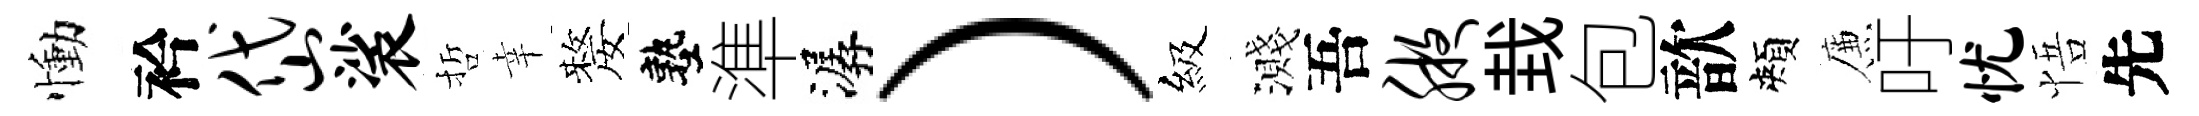
慟衿岱裟哲幸嫠塾準潺）級濺吾腋㘽包歆頰簾吁忧悟先